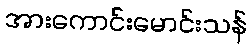
အားကောင်းမောင်းသန်